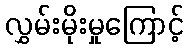
လွှမ်းမိုးမှုကြောင့်